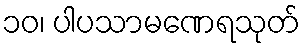
၁၀၊ ပါပသာမဏေရသုတ်